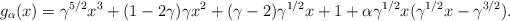
LaTeX: \begin{align*}g_{\alpha}(x)=\gamma^{5/2}x^3 +(1-2\gamma)\gamma x^2 + (\gamma-2)\gamma^{1/2}x+1+\alpha \gamma^{1/2}x(\gamma^{1/2}x-\gamma^{3/2}).\end{align*}